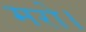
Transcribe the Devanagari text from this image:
मरो।